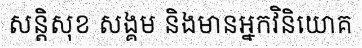
សន្តិសុខ សង្គម និងមានអ្នកវិនិយោគ